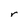
Character: r